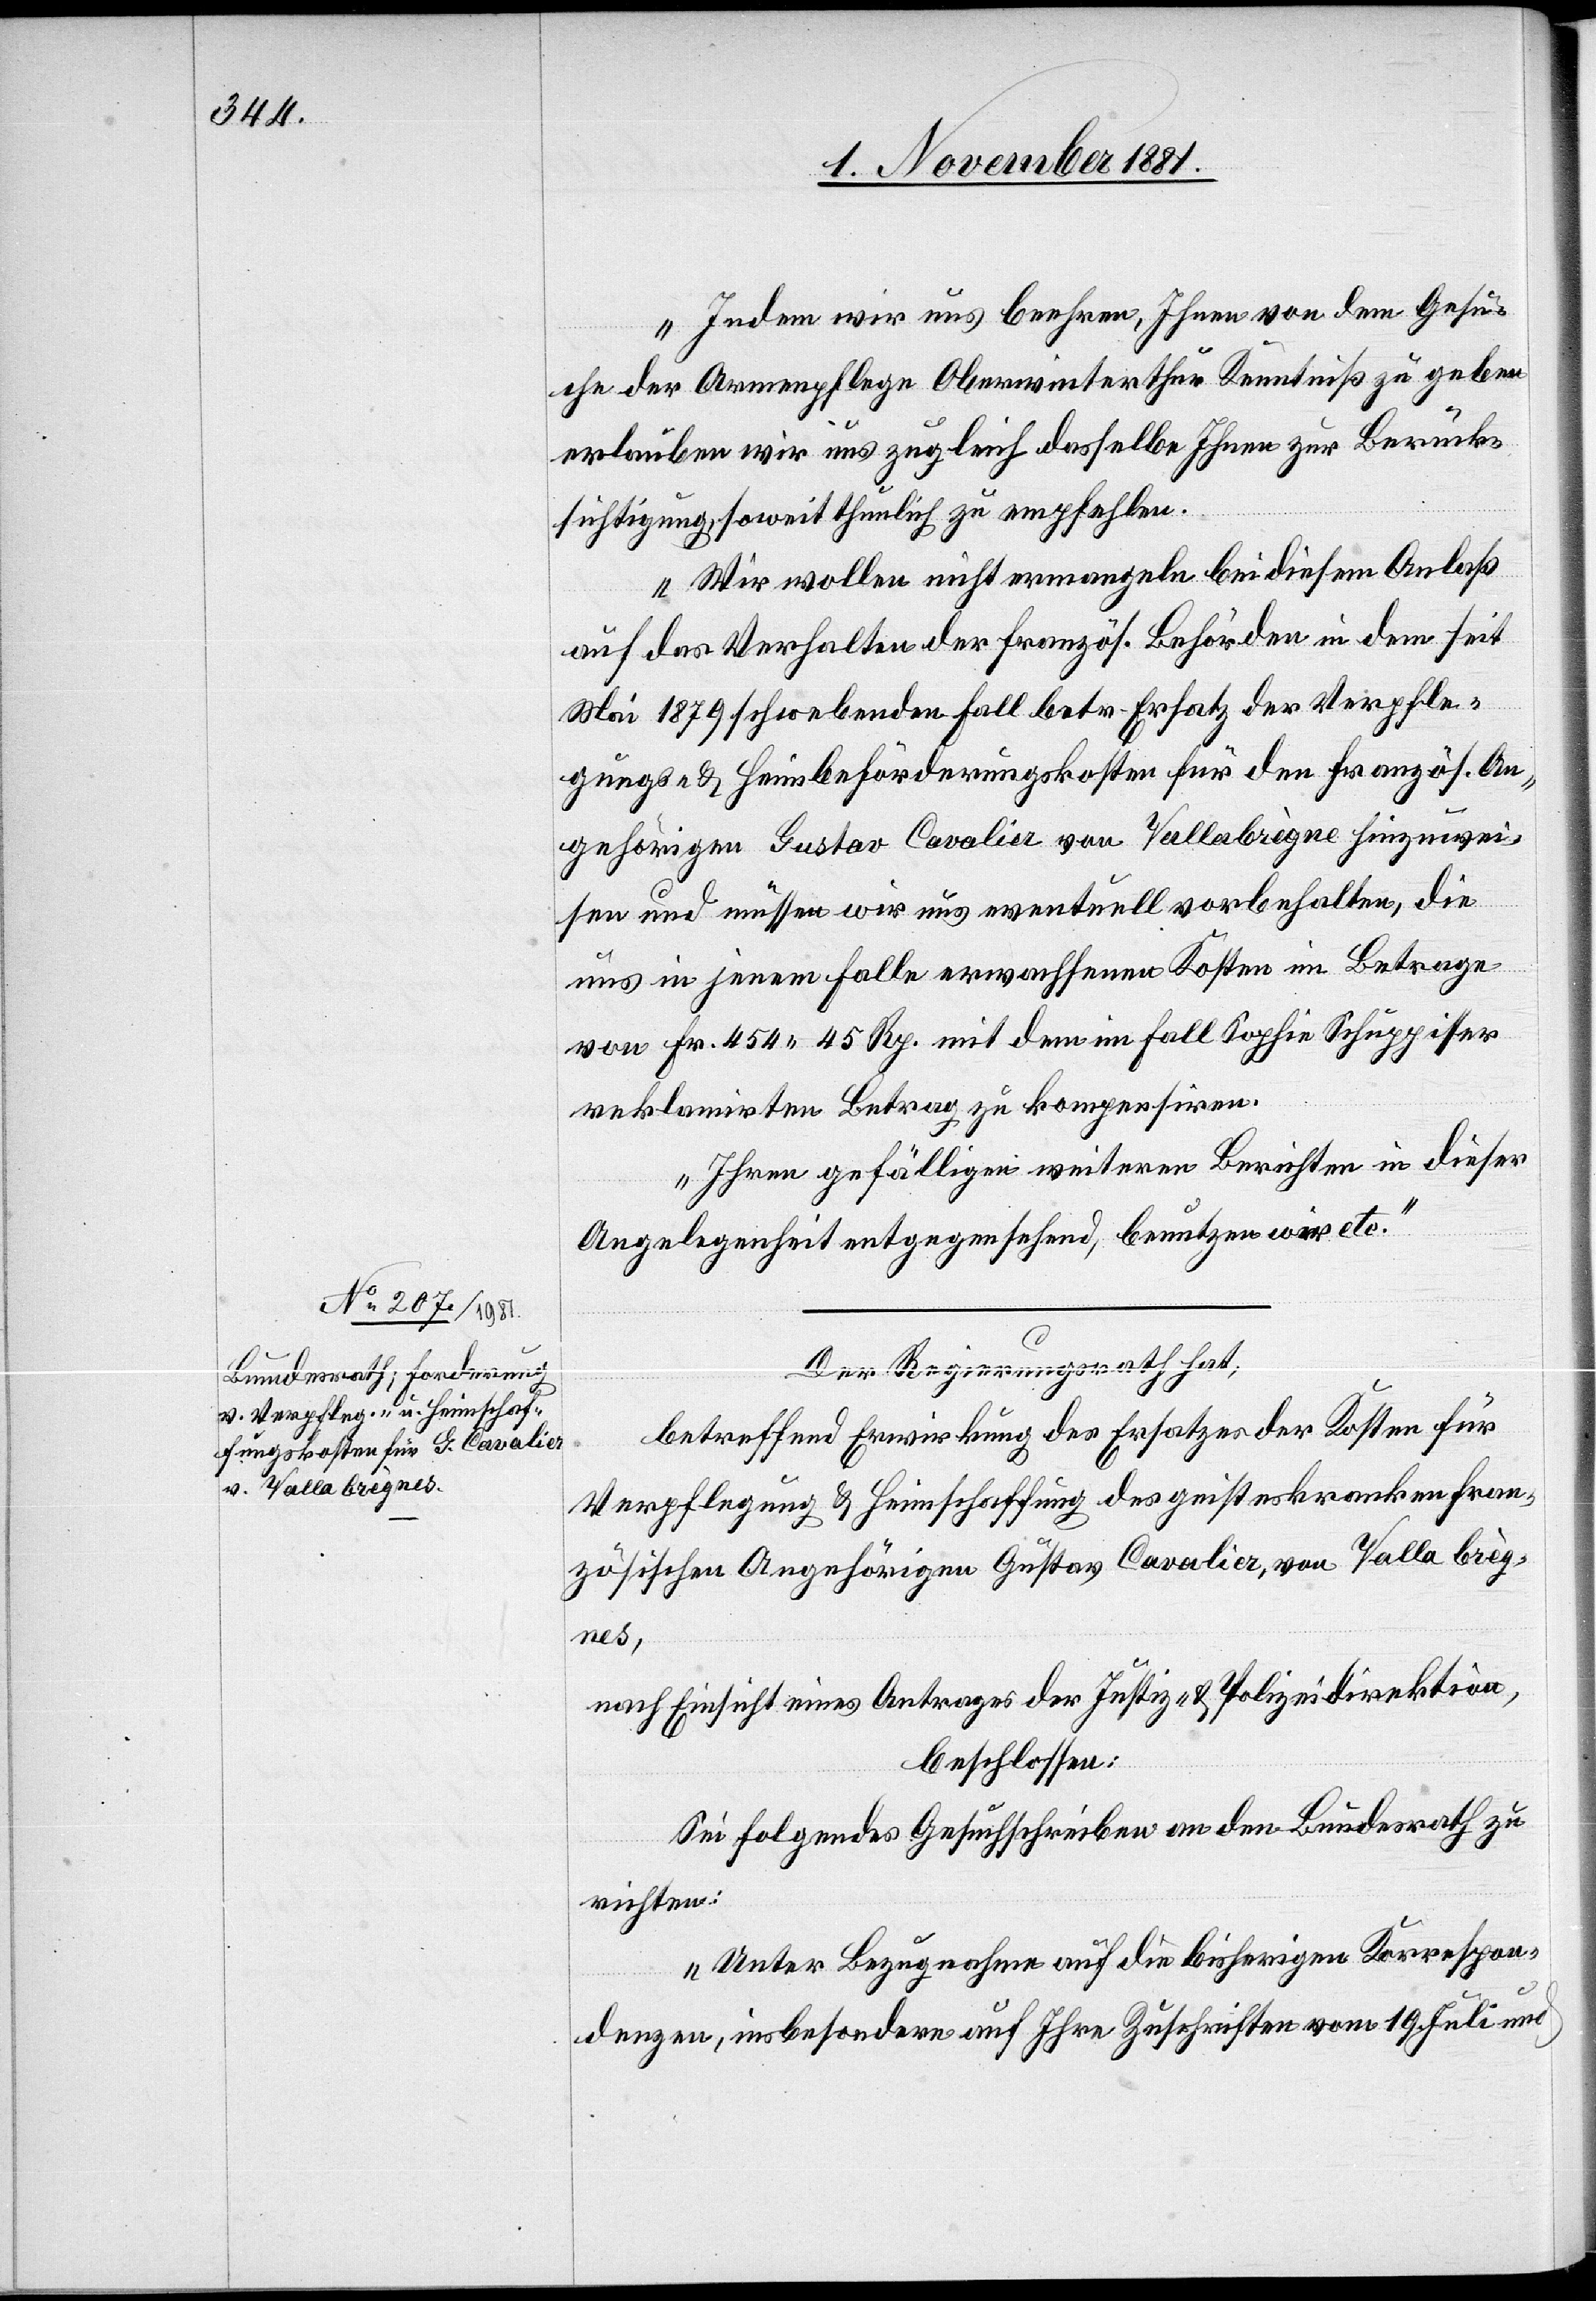
Indem wir uns beehren, Ihnen von dem Gesu¬
che der Armenpflege Oberwinterthur Kenntniß zu geben
erlauben wir uns zugleich dasselbe Ihnen zur Berück¬
sichtigung, soweit thunlich zu empfehlen.
Wir wollen nicht ermangeln bei diesem Anlaß
auf das Verhalten der französ. Behörden in dem seit
Mai 1879 schwebenden Fall betr. Ersatz der Verpfle¬
gungs- & Heimbeförderungskosten für den französ. An¬
gehörigen Gustav Cavalier von Vallabrègue[s] hinzuwei¬
sen und müssen wir uns eventuell vorbehalten, die
uns in jenem Falle erwachsenen Kosten im Betrage
von Fr. 454 45 Rp. mit dem im Fall Sophie Schuppisser
reklamirten Betrag zu kompensiren.
Ihren gefälligen weiteren Berichten in dieser
Angelegenheit entgegensehend, benutzen wir etc.“
Der Regierungsrath hat,
betreffend Erwirkung des Ersatzes der Kosten für
Verpflegung & Heimschaffung des geisteskranken fran¬
zösischen Angehörigen Gustav Cavalier, von Vallabrèg¬
ues,
nach Einsicht eines Antrages der Justiz- & Polizeidirektion,
beschlossen:
Sei folgendes Gesuchschreiben an den Bundesrath zu
richten:
„Unter Bezugnahme auf die bisherigen Korrespon¬
denzen, insbesondere auf Ihre Zuschriften vom 19. Juli und